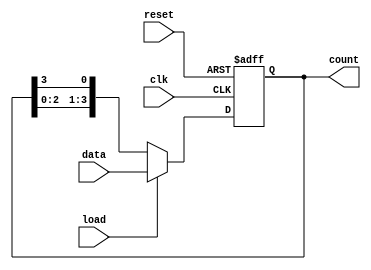
module LoadableRingCounter (
    input wire clk,          // Clock signal
    input wire reset,        // Asynchronous reset
    input wire load,         // Load control signal
    input wire [N-1:0] data, // Data input for loading
    output reg [N-1:0] count // Current state of the counter
);
    parameter N = 4; // Number of bits (or flip-flops) in the counter

    always @(posedge clk or posedge reset) begin
        if (reset) begin
            // Asynchronous reset: initialize to a known state (e.g., 0001)
            count <= 1'b1; // Initialize to 1, can be changed as required
        end else if (load) begin
            // Load operation: load the specified value into the counter
            count <= data;
        end else begin
            // Counting operation: shift right in a ring fashion
            count <= {count[N-2:0], count[N-1]}; // Shift right and wrap around
        end
    end
endmodule